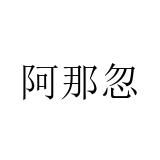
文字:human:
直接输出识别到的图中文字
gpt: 阿那忽